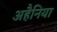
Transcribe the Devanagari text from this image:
अहैनिया